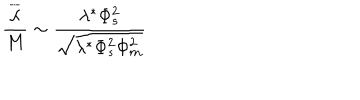
\frac { \overline { { \lambda } } } { M } \sim \frac { \lambda ^ { * } \Phi _ { s } ^ { 2 } } { \sqrt { \lambda ^ { * } \Phi _ { s } ^ { 2 } \Phi _ { m } ^ { 2 } } }